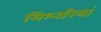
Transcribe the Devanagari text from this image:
मिश्नरियां